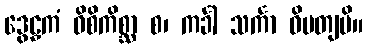
ဒွေဠှကံ ဝိစိကိစ္ဆာ စ၊ ကင်္ခါ သင်္ကာ ဝိမတျပိ။